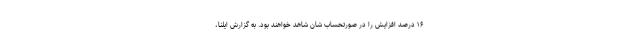
۱۶ درصد افزایش را در صورتحساب شان شاهد خواهند بود. به گزارش ایلنا،